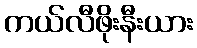
ကယ်လီဖိုးနီးယား